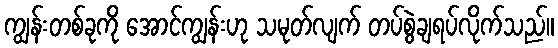
ကျွန်းတစ်ခုကို အောင်ကျွန်းဟု သမုတ်လျက် တပ်စွဲချရပ်လိုက်သည်။